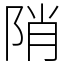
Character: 陗